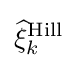
{\widehat {\xi }}_{k}^{\text{Hill}}